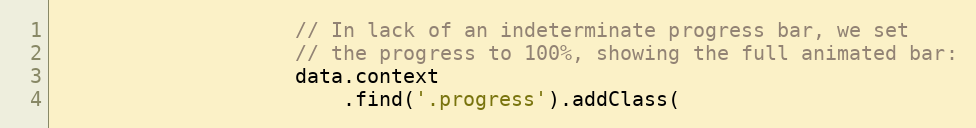
Language: JavaScript
                    // In lack of an indeterminate progress bar, we set
                    // the progress to 100%, showing the full animated bar:
                    data.context
                        .find('.progress').addClass(